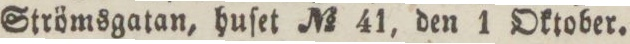
Strömsgatan, huſet No 41, den 1 Oktober.